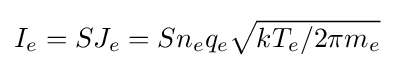
I_{e}=SJ_{e}=Sn_{e}q_{e}{\sqrt {kT_{e}/2\pi m_{e}}}